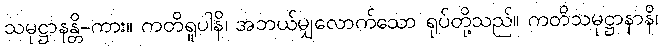
သမုဋ္ဌာနန္တိ-ကား။ ကတိရူပါနိ၊ အဘယ်မျှလောက်သော ရုပ်တို့သည်။ ကတိသမုဋ္ဌာနာနိ၊